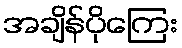
အချိန်ပိုကြေး